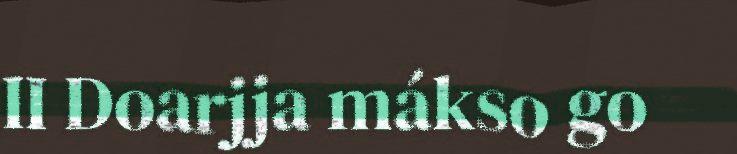
II Doarjja mákso go